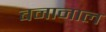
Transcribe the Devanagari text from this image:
बनानाल